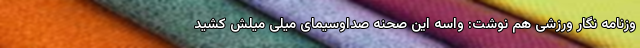
وزنامه نگار ورزشی هم نوشت: واسه این صحنه صداوسیمای میلی میلش کشید